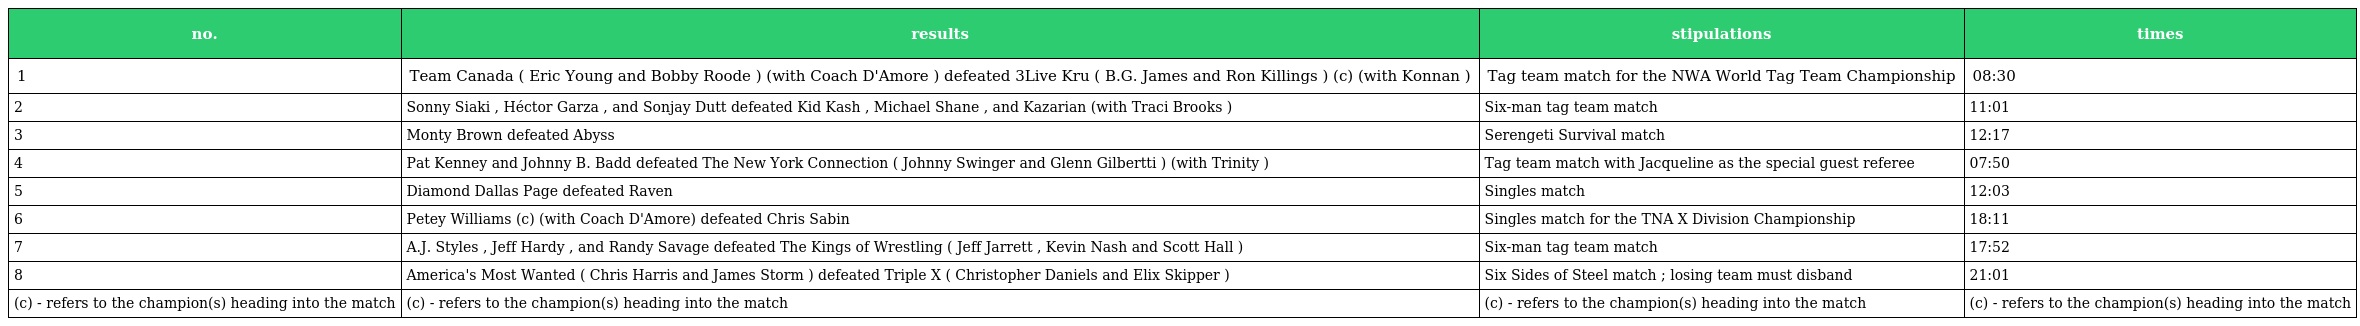
| no. | results | stipulations | times |
 | --- | --- | --- | --- |
 | 1 | Team Canada ( Eric Young and Bobby Roode ) (with Coach D'Amore ) defeated 3Live Kru ( B.G. James and Ron Killings ) (c) (with Konnan ) | Tag team match for the NWA World Tag Team Championship | 08:30 |
 | 2 | Sonny Siaki , Héctor Garza , and Sonjay Dutt defeated Kid Kash , Michael Shane , and Kazarian (with Traci Brooks ) | Six-man tag team match | 11:01 |
 | 3 | Monty Brown defeated Abyss | Serengeti Survival match | 12:17 |
 | 4 | Pat Kenney and Johnny B. Badd defeated The New York Connection ( Johnny Swinger and Glenn Gilbertti ) (with Trinity ) | Tag team match with Jacqueline as the special guest referee | 07:50 |
 | 5 | Diamond Dallas Page defeated Raven | Singles match | 12:03 |
 | 6 | Petey Williams (c) (with Coach D'Amore) defeated Chris Sabin | Singles match for the TNA X Division Championship | 18:11 |
 | 7 | A.J. Styles , Jeff Hardy , and Randy Savage defeated The Kings of Wrestling ( Jeff Jarrett , Kevin Nash and Scott Hall ) | Six-man tag team match | 17:52 |
 | 8 | America's Most Wanted ( Chris Harris and James Storm ) defeated Triple X ( Christopher Daniels and Elix Skipper ) | Six Sides of Steel match ; losing team must disband | 21:01 |
 | (c) - refers to the champion(s) heading into the match | (c) - refers to the champion(s) heading into the match | (c) - refers to the champion(s) heading into the match | (c) - refers to the champion(s) heading into the match |